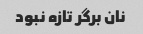
نان برگر تازه نبود